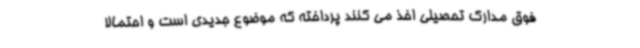
فوق مدارک تحصیلی اخذ می کنند پرداخته که موضوع جدیدی است و احتمالا